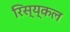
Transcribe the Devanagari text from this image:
रिस्य्कल